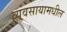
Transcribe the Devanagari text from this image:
व्यवसायामधील